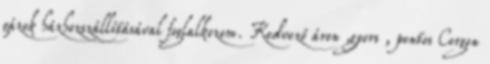
gázok házhozszállításával foglalkozom. Kedvező áron ,gyors , pontos Corgon